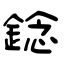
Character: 錜